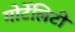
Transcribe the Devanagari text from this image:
मोर्टेलिटी